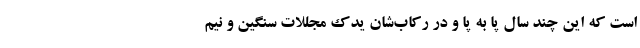
است که این چند سال پا به پا و در رکاب‌شان یدکِ مجللات سنگین و نیم